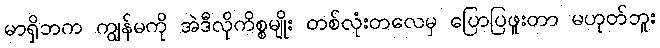
မာရှိဘက ကျွန်မကို အဲဒီလိုကိစ္စမျိုး တစ်လုံးတလေမှ ပြောပြဖူးတာ မဟုတ်ဘူး